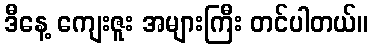
ဒီနေ့ ကျေးဇူး အများကြီး တင်ပါတယ်။